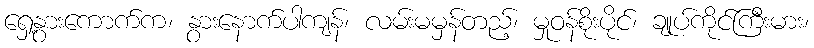
ရှေ့နွားကောက်က၊ နွားနောက်ပါကျန်၊ လမ်းမမှန်တည့်၊ မှုဝန်စိုးပိုင်၊ ချုပ်ကိုင်ကြီးမား၊